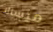
ميسالا